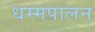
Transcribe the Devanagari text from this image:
धम्मपालन